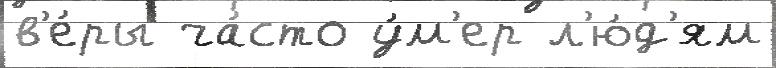
в'е́ры ча́сто у́м'ер л'ю́д'ям